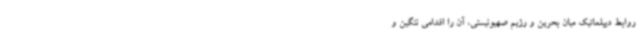
روابط دیپلماتیک میان بحرین و رژیم صهیونیستی، آن را اقدامی ننگین و